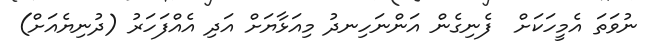
ނުވަތަ އެމީހަކަށް  ފެނިގެން އަންނަހިނދު މިއަޅާޔަށް އަދި އެއްފަހަރު (ދުނިޔެއަށް)